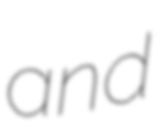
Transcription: and